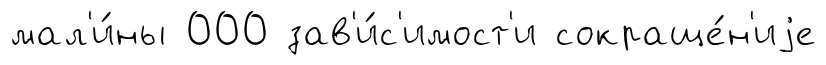
мал'и́ны 000 зав'и́с'имост'и сокраще́н'иjе